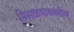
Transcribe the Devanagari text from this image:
मिसळपाववरील